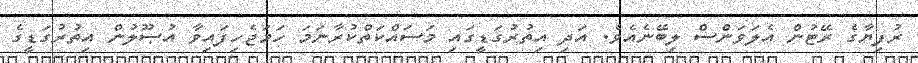
ރުފިޔާގެ ރޭޓުން އެލަވަންސް ލިބޭނެއެވެ. އަދި އިތުރުގަޑީގައި މަސައްކަތްކުރާނަމަ ހަމަޖެހިފައިވާ އުޞޫލުން އިތުރުގަޑީގެ